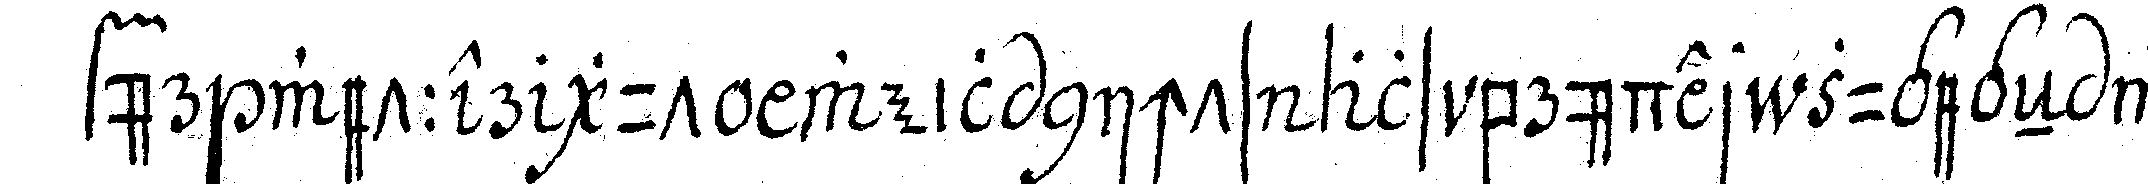
für wetter gut weil nichts als brüder zugegeN wa